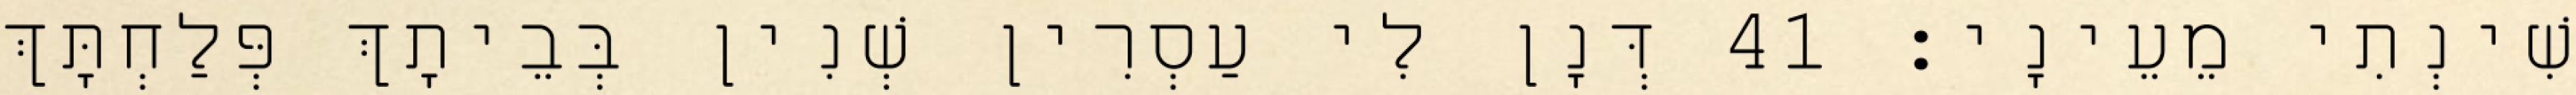
שִׁינְתִי מֵעֵינָי׃ 41 דְּנָן לִי עַסְרִין שְׁנִין בְּבֵיתָךְ פְּלַחְתָּךְ